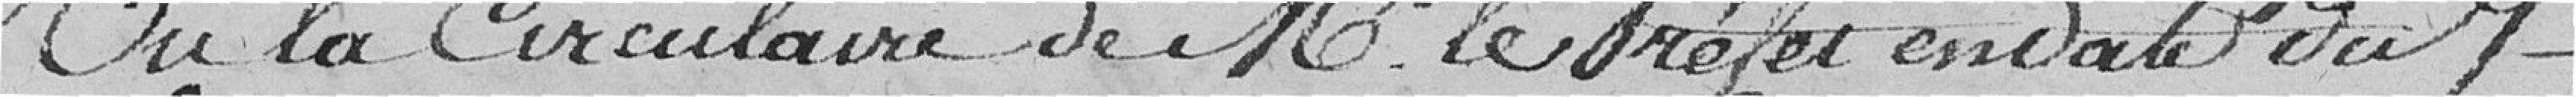
Vu la circulaire de Monsieur Le Préfet en date du 7